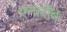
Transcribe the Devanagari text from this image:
एनारोब